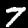
Label: 7